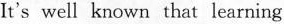
It's well known that learning